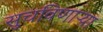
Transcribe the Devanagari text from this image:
सुचविणाऱ्या